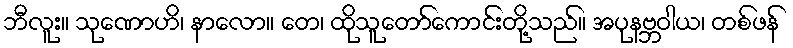
ဘီလူး။ သုဏောဟိ၊ နာလော။ တေ၊ ထိုသူတော်ကောင်းတို့သည်။ အပုနဗ္ဘဝါယ၊ တစ်ဖန်